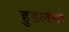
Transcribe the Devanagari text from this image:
हुडलचा